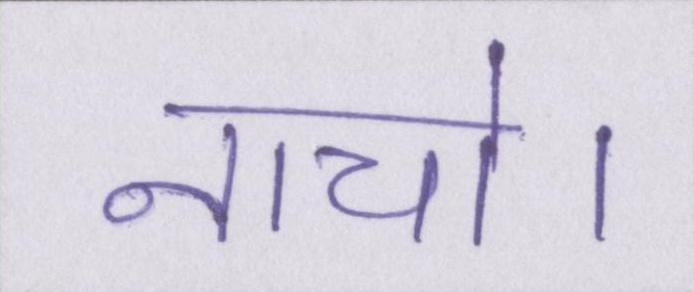
नाचो।